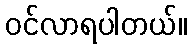
ဝင်လာရပါတယ်။